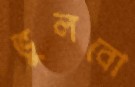
ভুলবো